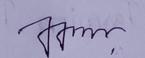
Signature authenticity: genuine